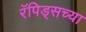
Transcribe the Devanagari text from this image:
रॅपिड्सच्या